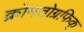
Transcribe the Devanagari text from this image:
क्रोमतोग्रफिक्